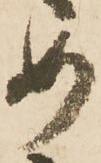
め